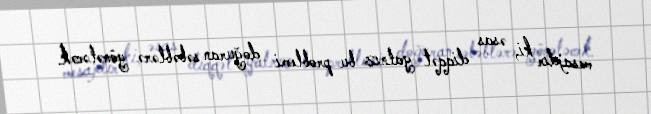
mesajdır ki, əsas diqqət yalnız bu problemi doğuran səbəblərə yönələcək.